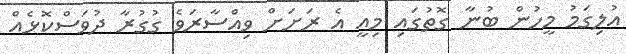
އުލިގަމު މީހުން ބުނާ ގޮތުގައި މިއީ އެ ރަށަށް ވިއްސާރަވެ ގުގުރާ ދުވަސްކޮޅެއް